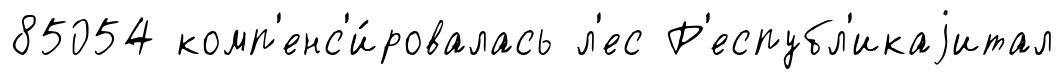
85054 комп'енс'и́ровалась л'ес Р'еспубл'икаjитал